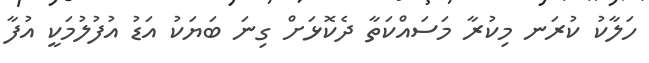
ހަލާކު ކުރަނ މިކުރާ މަސައްކަތާ ދެކޮޅަށް ގިނަ ބަޔަކު އަޑު އުފުލުމަކީ އުފާ